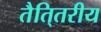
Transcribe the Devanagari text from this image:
तैति्तरीय